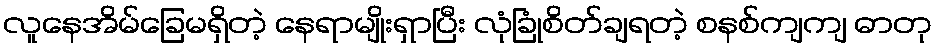
လူနေအိမ်ခြေမရှိတဲ့ နေရာမျိုးရှာပြီး လုံခြုံစိတ်ချရတဲ့ စနစ်ကျကျ ဓာတု